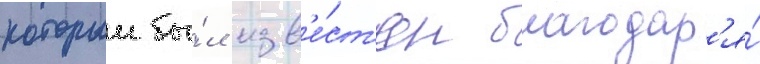
которыи бы́л изв'е́ст'ен благодар'я́